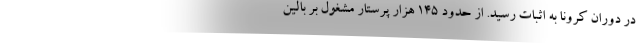
در دوران کرونا به اثبات رسید. از حدود ۱۴۵ هزار پرستار مشغول بر بالین